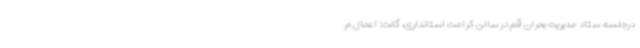
درجلسه ستاد مدیریت بحران قم در سالن کرامت استانداری، گفت: اعمال م